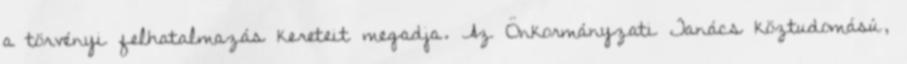
a törvényi felhatalmazás kereteit megadja. Az Önkormányzati Tanács köztudomású,